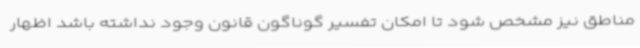
مناطق نیز مشخص شود تا امکان تفسیر گوناگون قانون وجود نداشته باشد اظهار